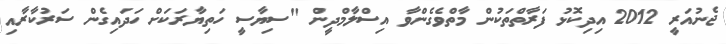
ޖެނުއަރީ 2012 އިދިކޮޅު ފަރާތްތަކުން މާތްވެގެންވާ އިސްލާމްދީން "ސިޔާސީ ހަތިޔާރަކަށް ހަދައިގެން ސަރުކާރާއި